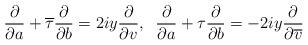
LaTeX: \begin{align*}\frac{\partial}{\partial a} + \overline{\tau} \frac{\partial}{\partial b} = 2iy \frac{\partial}{\partial v} ,\;\; \frac{\partial}{\partial a} + \tau \frac{\partial}{\partial b} = -2iy \frac{\partial}{\partial \overline{v}}\end{align*}